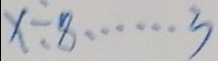
x \div 8 \cdots 3